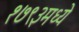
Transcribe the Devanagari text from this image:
१७९३मध्ये